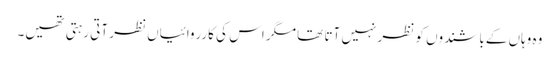
وہ وہاں کےباشندوں کو نظر نہیں آتا تھا مگر اس کی کارروائیاں نظر آتی رہتی تھیں۔